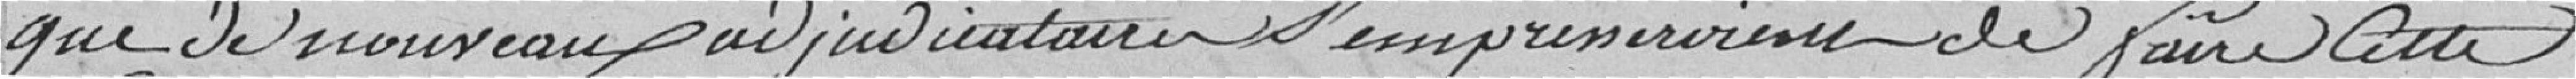
que de nouveaux adjudicataires s'empresseraient de faire cette